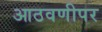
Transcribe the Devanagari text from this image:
आठवणीपर